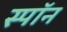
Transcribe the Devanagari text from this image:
स्पॉन